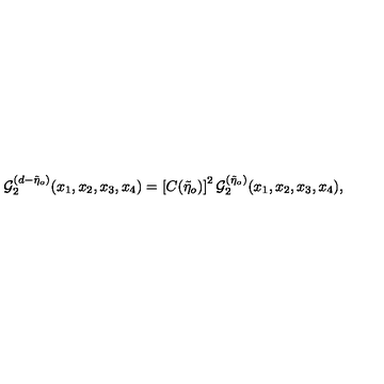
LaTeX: { \cal { G } } _ { 2 } ^ { ( d - \tilde { \eta } _ { o } ) } ( x _ { 1 } , x _ { 2 } , x _ { 3 } , x _ { 4 } ) = \left[ C ( \tilde { \eta } _ { o } ) \right] ^ { 2 } { \cal { G } } _ { 2 } ^ { ( \tilde { \eta } _ { o } ) } ( x _ { 1 } , x _ { 2 } , x _ { 3 } , x _ { 4 } ) ,